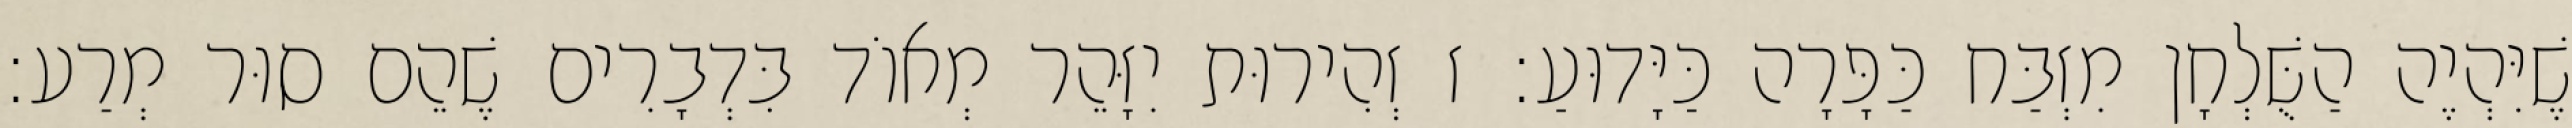
שֶׁיִּהְיֶה הַשֻּׁלְחָן מִזְבַּח כַּפָּרָה כַּיָּדוּעַ: ז זְהִירוּת יִזָּהֵר מְאוֹד בִּדְבָרִים שֶׁהֵם סוּר מְרַע: